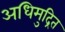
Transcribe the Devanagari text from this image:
अधिमुद्रित